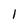
Character: 1